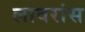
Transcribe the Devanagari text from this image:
लावरांस